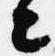
々